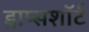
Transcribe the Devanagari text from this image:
ड्राप्सशॉर्ट